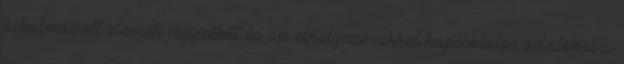
alkalmazott elemek jegyzékét és az elhelyezésükkel kapcsolatos adatokat a